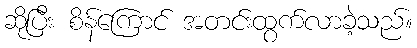
ဆိုပြီး စိန်ကြောင် အတင်းထွက်လာခဲ့သည်။